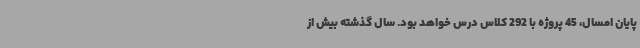
پایان امسال، 45 پروژه با 292 کلاس درس خواهد بود. سال گذشته بیش از